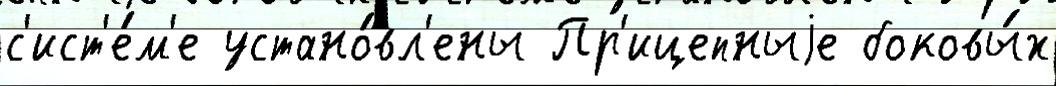
с'ист'е́м'е устано́вл'ены Пр'ицепныjе боковы́х